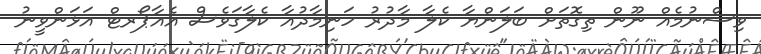
ވިސްނުމެއް ނޫން ތިގޮތަށް ބަލަންޔާ ކެލާ މާދުރު ހަނިމާދުއާ ކެލާގަވެސް އެއާޕޯރޓް އަޅަންވީނު